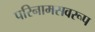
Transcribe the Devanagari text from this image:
परिनामसवरूप